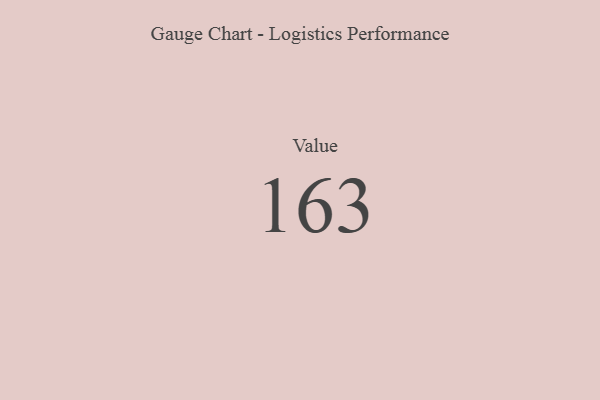
{"axis": {"x": "Metric", "y": "Value"}, "legend": [""], "data": [{"x": "Value", "y": 163, "type": ""}]}